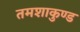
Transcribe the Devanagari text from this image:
तमशाकुण्ड